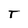
Character: T